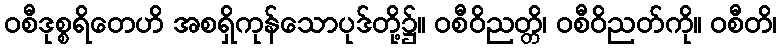
ဝစီဒုစ္စရိတေဟိ အစရှိကုန်သောပုဒ်တို့၌။ ဝစီဝိညတ္တိ၊ ဝစီဝိညတ်ကို။ ဝစီတိ၊